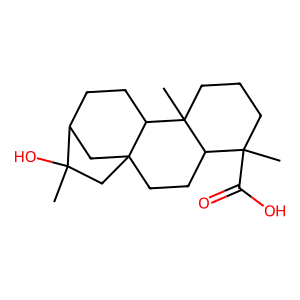
SMILES: CC1(O)CC23CCC4C(C)(C(=O)O)CCCC4(C)C2CCC1C3
Inhibits HIV replication: No